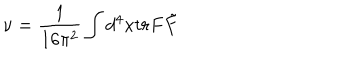
\nu = \frac { 1 } { 1 6 \pi ^ { 2 } } \int d ^ { 4 } x t r F \tilde { F }